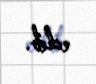
edib.